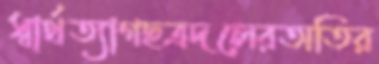
স্বার্থত্যাগছত্রদলেরঅতির